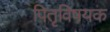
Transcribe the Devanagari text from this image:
पितृविषयक